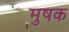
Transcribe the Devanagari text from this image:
मुषक